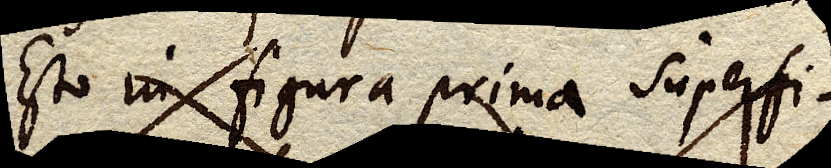
Esto in figura prima superfi-